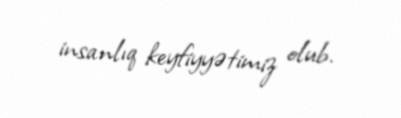
insanlıq keyfiyyətimiz olub.